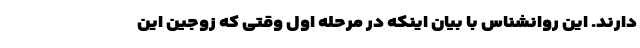
دارند. این روانشناس با بیان اینکه در مرحله اول وقتی که زوجین این